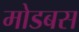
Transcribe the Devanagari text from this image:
मोडबस